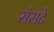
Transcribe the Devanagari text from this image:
संसदे